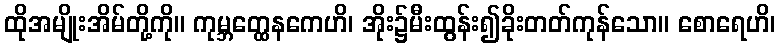
ထိုအမျိုးအိမ်တို့ကို။ ကုမ္ဘတ္ထေနကေဟိ၊ အိုး၌မီးထွန်း၍ခိုးတတ်ကုန်သော။ စောရေဟိ၊